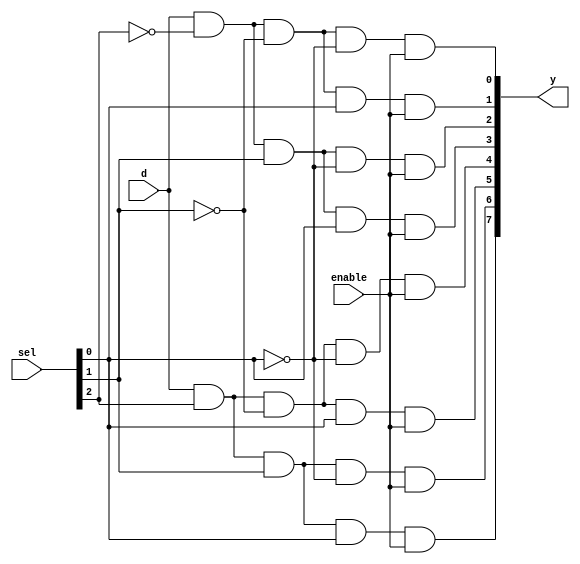
module demux_1to8 (
    input wire d,       // Entrada de datos
    input wire [2:0] sel, // Seales de seleccin (3 bits para 8 salidas)
    input wire enable, // Seal de habilitacin
    output wire [7:0] y // 8 salidas
);

    // Puertas AND para cada salida
    and gate0(y[0], d, ~sel[2], ~sel[1], ~sel[0], enable);
    and gate1(y[1], d, ~sel[2], ~sel[1],  sel[0], enable);
    and gate2(y[2], d, ~sel[2],  sel[1], ~sel[0], enable);
    and gate3(y[3], d, ~sel[2],  sel[1],  sel[0], enable);
    and gate4(y[4], d,  sel[2], ~sel[1], ~sel[0], enable);
    and gate5(y[5], d,  sel[2], ~sel[1],  sel[0], enable);
    and gate6(y[6], d,  sel[2],  sel[1], ~sel[0], enable);
    and gate7(y[7], d,  sel[2],  sel[1],  sel[0], enable);

endmodule